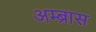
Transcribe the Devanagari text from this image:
अम्ब्रास